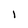
Character: i